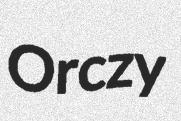
Orczy